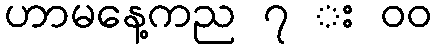
ဟာမနေ့ကည ၇ း ၀၀